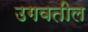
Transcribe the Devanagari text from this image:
उगवतील